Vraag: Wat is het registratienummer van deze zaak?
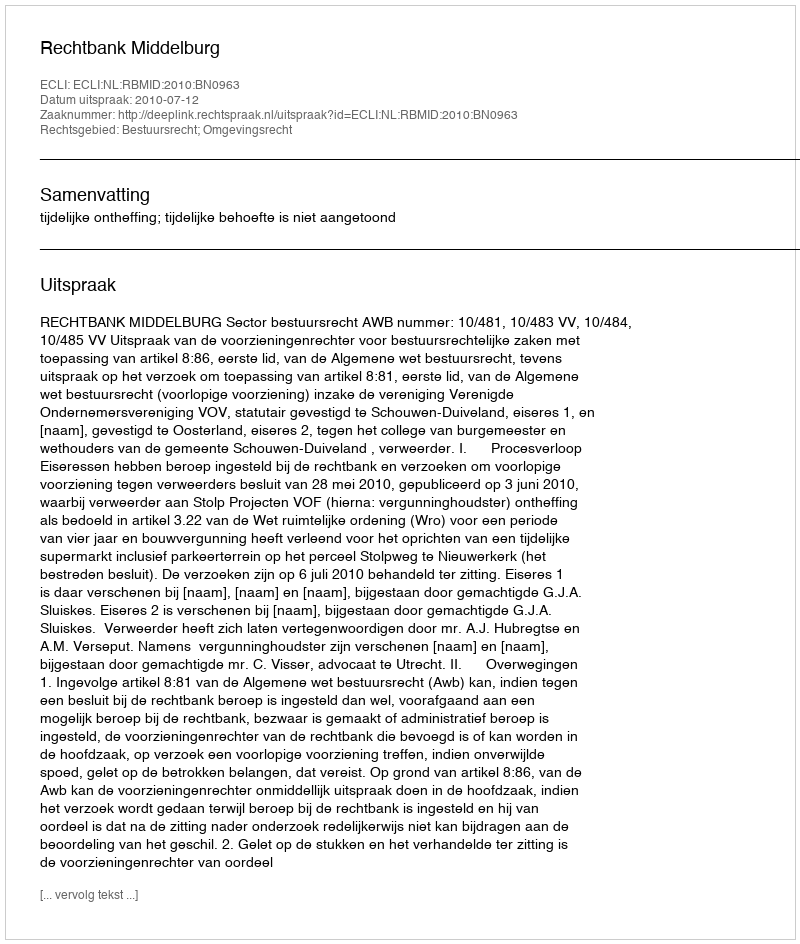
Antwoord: http://deeplink.rechtspraak.nl/uitspraak?id=ECLI:NL:RBMID:2010:BN0963